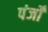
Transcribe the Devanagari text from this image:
पंजोँ